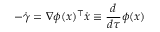
- \dot { \gamma } = \nabla \phi ( x ) ^ { \top } \dot { x } \equiv \frac d { d \tau } \phi ( x )